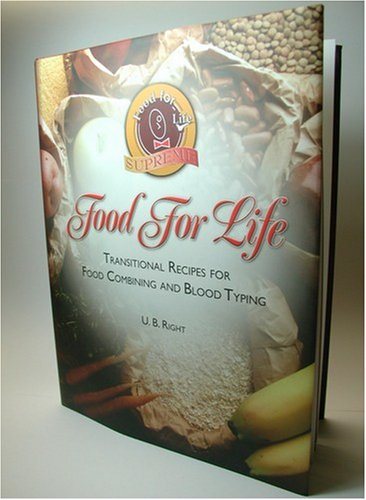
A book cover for Food for Life: Transitional Recipes for Food Combining and Blood Typing; U. B. Right; Health, Fitness & Dieting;